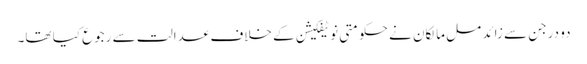
دو درجن سے زائد مل مالکان نے حکومتی نوٹیفکیشن کے خلاف عدالت سے رجوع کیا تھا۔